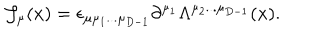
{ \cal J } _ { \mu } ( x ) = \epsilon _ { \mu \mu _ { 1 } . . . \mu _ { D - 1 } } \partial ^ { \mu _ { 1 } } \Lambda ^ { \mu _ { 2 } . . . \mu _ { D - 1 } } ( x ) .